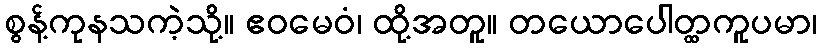
စွန့်ကုနသကဲ့သို့။ ဧဝမေဝံ၊ ထို့အတူ။ တယောပေါတ္ထကူပမာ၊